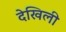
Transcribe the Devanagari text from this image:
देखिली